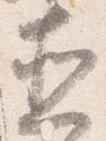
直